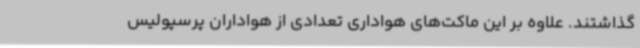
گذاشتند. علاوه بر این ماکت‌های هواداری تعدادی از هواداران پرسپولیس